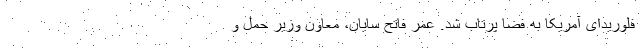
فلوریدای آمریکا به فضا پرتاب شد. عمر فاتح سایان، معاون وزیر حمل و